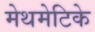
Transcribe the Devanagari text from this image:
मेथमेटिके